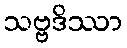
သဗ္ဗဒိဿာ